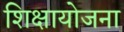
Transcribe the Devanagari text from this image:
शिक्षायोजना